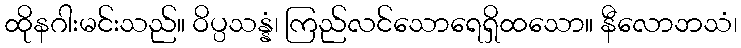
ထိုနဂါးမင်းသည်။ ဝိပ္ပသန္နံ၊ ကြည်လင်သောရေရှိထသော။ နီလောဘသံ၊